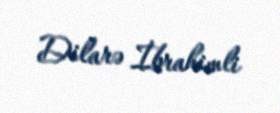
Dilarə İbrahimli